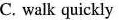
C. walk quickly